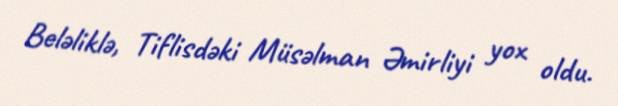
Beləliklə, Tiflisdəki Müsəlman Əmirliyi yox oldu.